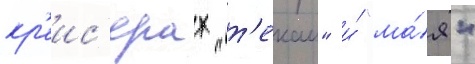
кр'еис'ерах "т'екаи" и́ "ма́я"